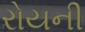
રોયની